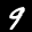
Label: 9